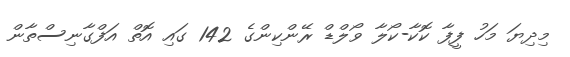
މިދިޔަ މަހު ފީފާ ކޮކާ-ކޯލާ ވޯލްޑް ރޭންކިންގެ 142 ގައި އޮތް އަފްގާނިސްތާން